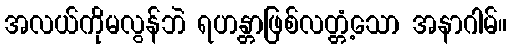
အလယ်ကိုမလွန်ဘဲ ရဟန္တာဖြစ်လတ္တံ့သော အနာဂါမ်။